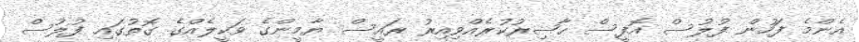
އެންމެ ފަހުން ފުލުސް އޮފީސް ޙާޟިރުކުރެއްވިއިރު ރައީސް ޔާމީންގެ ވަކީލެއްގެ ގޮތުގައި ފުލުސް